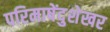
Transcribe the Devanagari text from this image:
परिमाषेंदुशेखर